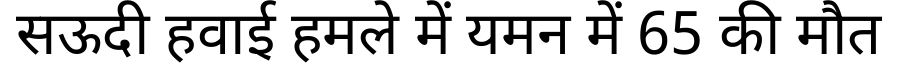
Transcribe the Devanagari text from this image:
सऊदी हवाई हमले में यमन में 65 की मौत